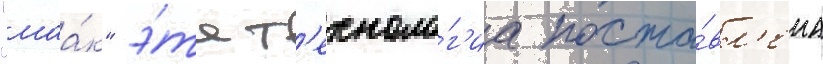
"маа́к" э́та т'ехноло́г'иа поста́вл'ена